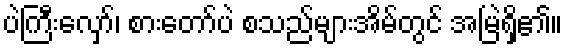
ပဲကြီးလှော်၊ စားတော်ပဲ စသည်များအိမ်တွင် အမြဲရှိ၏။